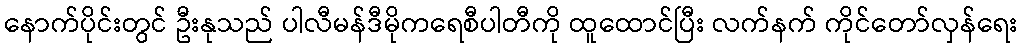
နောက်ပိုင်းတွင် ဦးနုသည် ပါလီမန်ဒီမိုကရေစီပါတီကို ထူထောင်ပြီး လက်နက် ကိုင်တော်လှန်ရေး